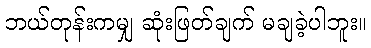
ဘယ်တုန်းကမျှ ဆုံးဖြတ်ချက် မချခဲ့ပါဘူး။